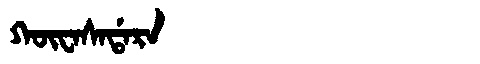
Manchu: ᡴᡡᠸᠠᠰᠠᡩᠠᡵᠠ
Romanization: KŪWASADARA